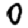
Digit: 0